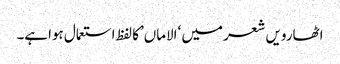
اٹھارویں شعر میں ‘الاماں’کا لفظ استعمال ہواہے۔